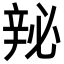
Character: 𬨘